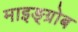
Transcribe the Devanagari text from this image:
माइङ्ग्रोब